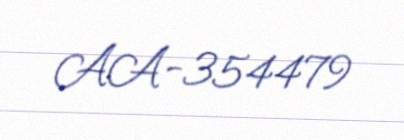
AA-354479